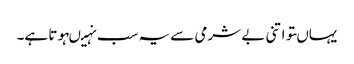
یہاںتو اتنی بے شرمی سے یہ سب نہیںہوتا ہے۔